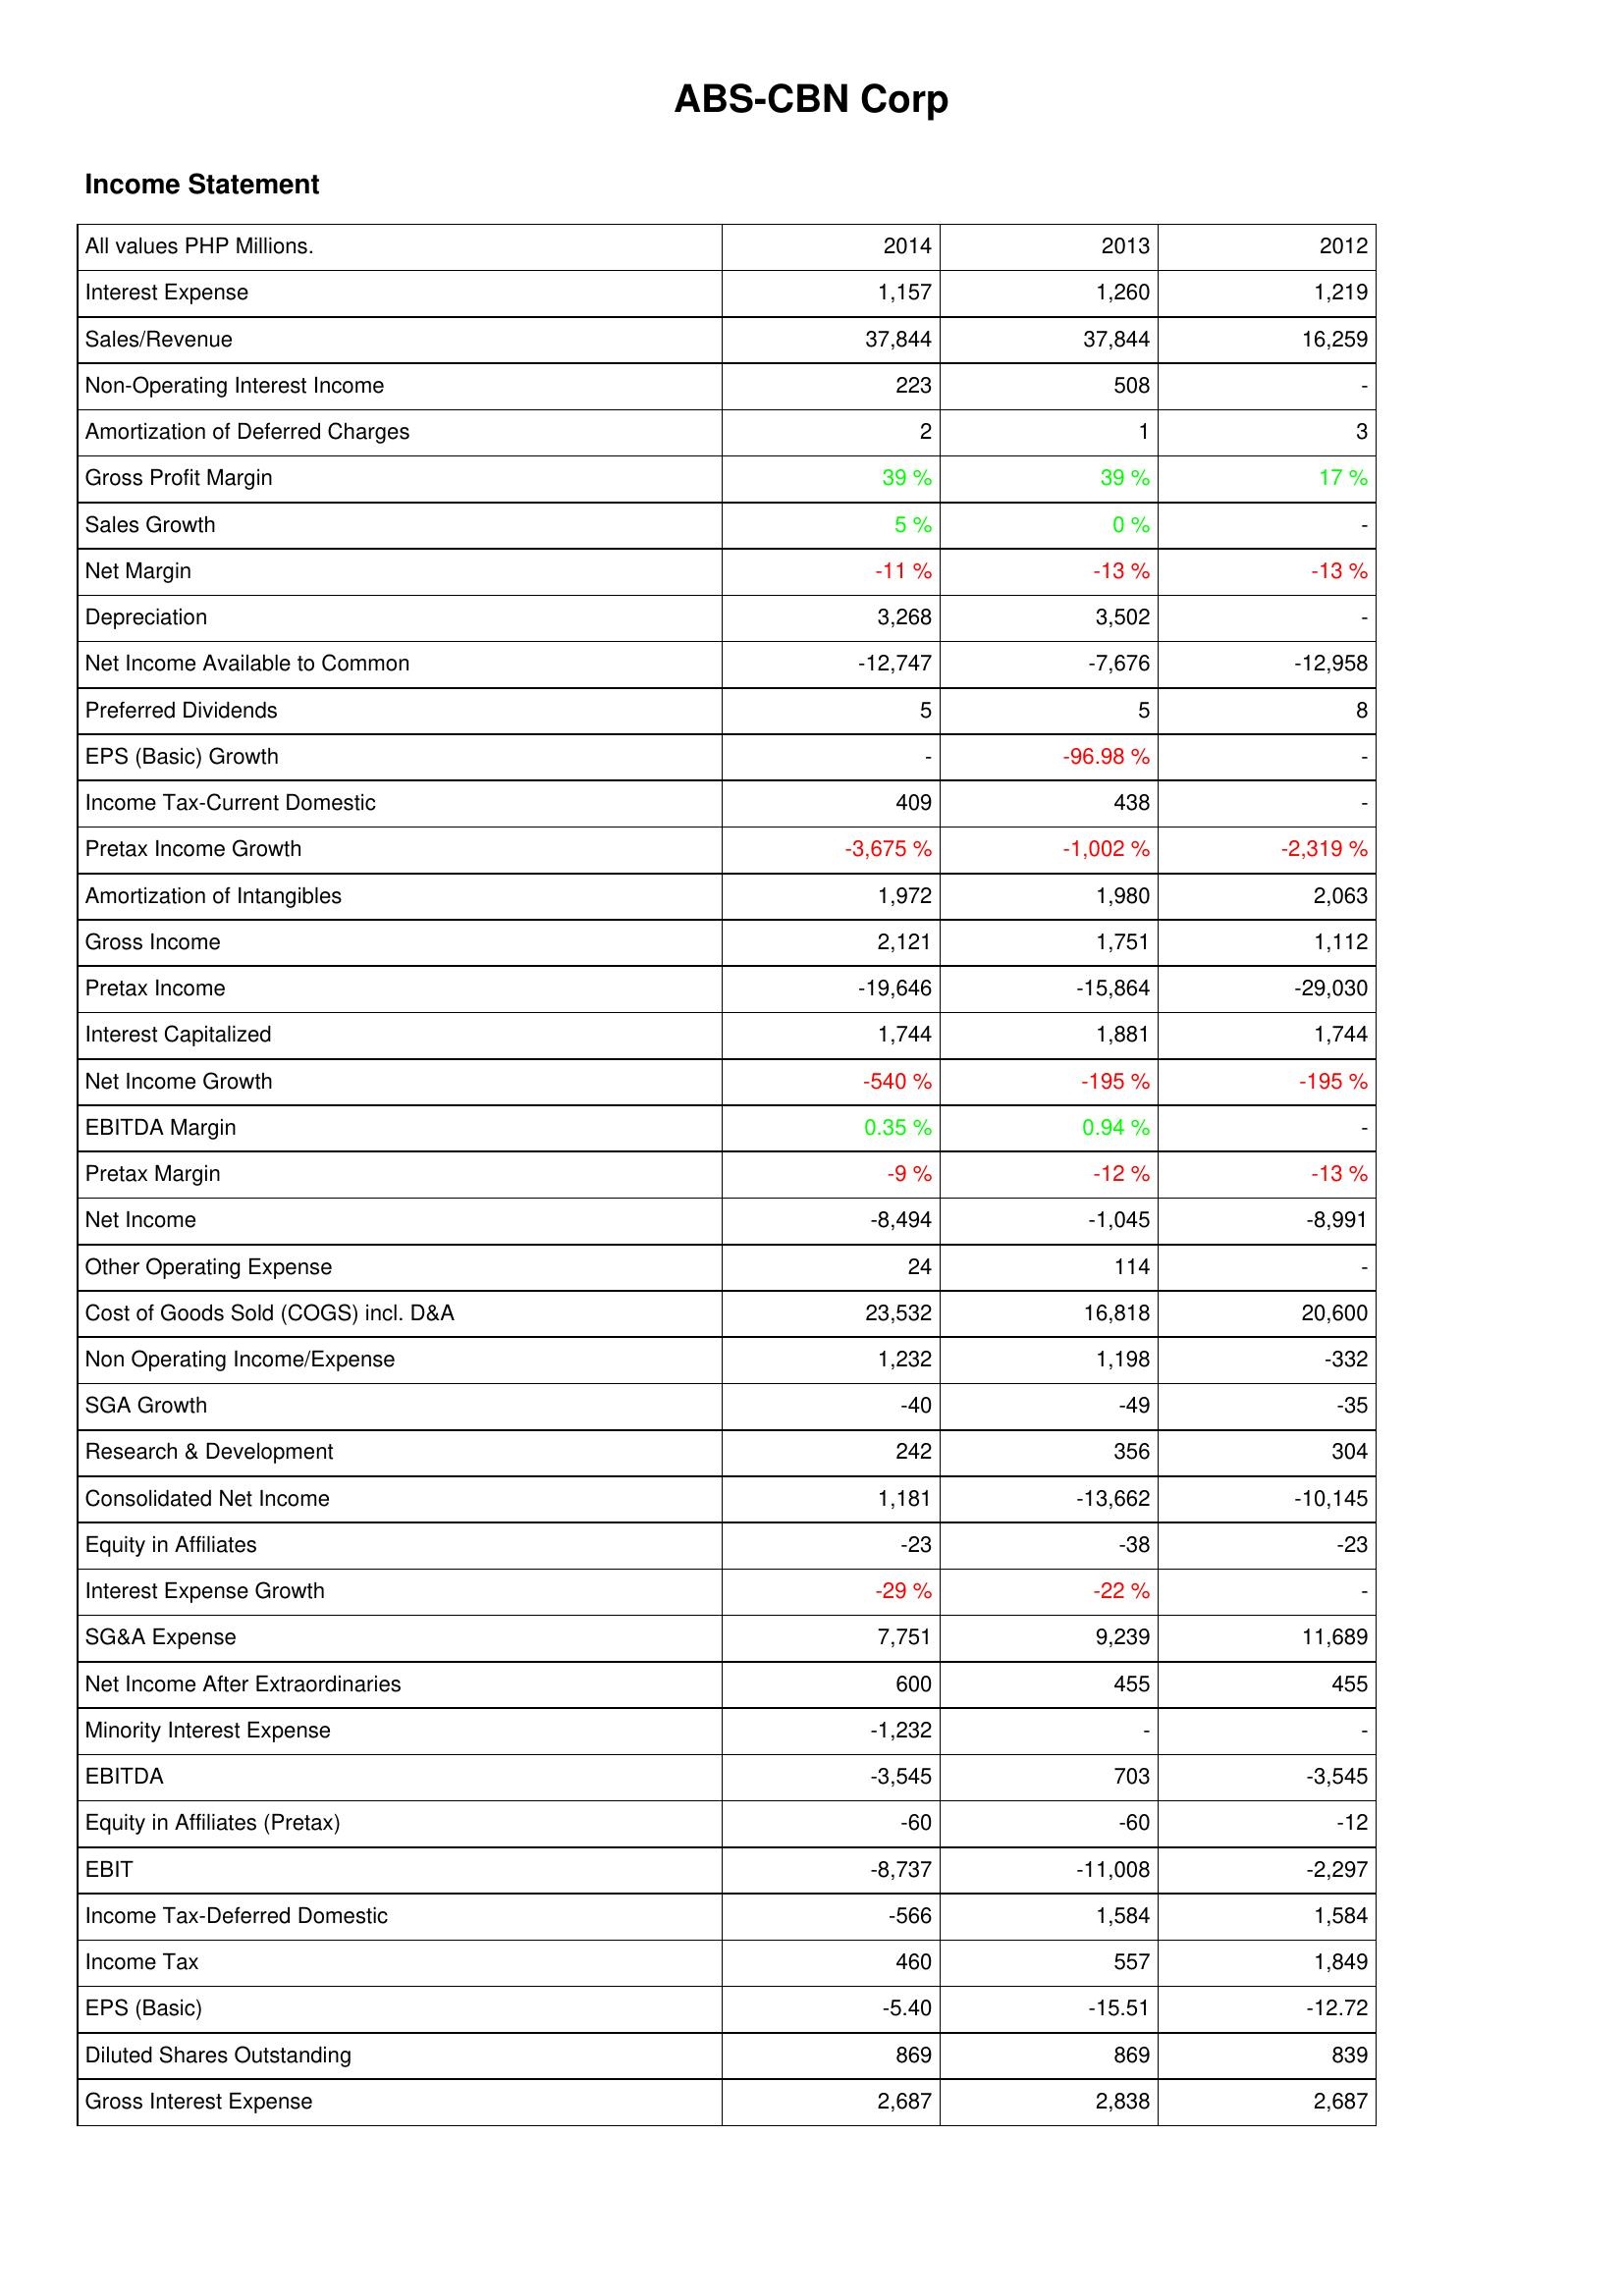
2014: Income Statement: Interest Expense: 1,157
Sales/Revenue: 37,844
Non-Operating Interest Income: 223
Amortization of Deferred Charges: 2
Gross Profit Margin: 39 %
Sales Growth: 5 %
Net Margin: -11 %
Depreciation: 3,268
Net Income Available to Common: -12,747
Preferred Dividends: 5
EPS (Basic) Growth: -
Income Tax-Current Domestic: 409
Pretax Income Growth: -3,675 %
Amortization of Intangibles: 1,972
Gross Income: 2,121
Pretax Income: -19,646
Interest Capitalized: 1,744
Net Income Growth: -540 %
EBITDA Margin: 0.35 %
Pretax Margin: -9 %
Net Income: -8,494
Other Operating Expense: 24
Cost of Goods Sold (COGS) incl. D&A: 23,532
Non Operating Income/Expense: 1,232
SGA Growth: -40
Research & Development: 242
Consolidated Net Income: 1,181
Equity in Affiliates: -23
Interest Expense Growth: -29 %
SG&A Expense: 7,751
Net Income After Extraordinaries: 600
Minority Interest Expense: -1,232
EBITDA: -3,545
Equity in Affiliates (Pretax): -60
EBIT: -8,737
Income Tax-Deferred Domestic: -566
Income Tax: 460
EPS (Basic): -5.40
Diluted Shares Outstanding: 869
Gross Interest Expense: 2,687
2013: Income Statement: Interest Expense: 1,260
Sales/Revenue: 37,844
Non-Operating Interest Income: 508
Amortization of Deferred Charges: 1
Gross Profit Margin: 39 %
Sales Growth: 0 %
Net Margin: -13 %
Depreciation: 3,502
Net Income Available to Common: -7,676
Preferred Dividends: 5
EPS (Basic) Growth: -96.98 %
Income Tax-Current Domestic: 438
Pretax Income Growth: -1,002 %
Amortization of Intangibles: 1,980
Gross Income: 1,751
Pretax Income: -15,864
Interest Capitalized: 1,881
Net Income Growth: -195 %
EBITDA Margin: 0.94 %
Pretax Margin: -12 %
Net Income: -1,045
Other Operating Expense: 114
Cost of Goods Sold (COGS) incl. D&A: 16,818
Non Operating Income/Expense: 1,198
SGA Growth: -49
Research & Development: 356
Consolidated Net Income: -13,662
Equity in Affiliates: -38
Interest Expense Growth: -22 %
SG&A Expense: 9,239
Net Income After Extraordinaries: 455
Minority Interest Expense: -
EBITDA: 703
Equity in Affiliates (Pretax): -60
EBIT: -11,008
Income Tax-Deferred Domestic: 1,584
Income Tax: 557
EPS (Basic): -15.51
Diluted Shares Outstanding: 869
Gross Interest Expense: 2,838
2012: Income Statement: Interest Expense: 1,219
Sales/Revenue: 16,259
Non-Operating Interest Income: -
Amortization of Deferred Charges: 3
Gross Profit Margin: 17 %
Sales Growth: -
Net Margin: -13 %
Depreciation: -
Net Income Available to Common: -12,958
Preferred Dividends: 8
EPS (Basic) Growth: -
Income Tax-Current Domestic: -
Pretax Income Growth: -2,319 %
Amortization of Intangibles: 2,063
Gross Income: 1,112
Pretax Income: -29,030
Interest Capitalized: 1,744
Net Income Growth: -195 %
EBITDA Margin: -
Pretax Margin: -13 %
Net Income: -8,991
Other Operating Expense: -
Cost of Goods Sold (COGS) incl. D&A: 20,600
Non Operating Income/Expense: -332
SGA Growth: -35
Research & Development: 304
Consolidated Net Income: -10,145
Equity in Affiliates: -23
Interest Expense Growth: -
SG&A Expense: 11,689
Net Income After Extraordinaries: 455
Minority Interest Expense: -
EBITDA: -3,545
Equity in Affiliates (Pretax): -12
EBIT: -2,297
Income Tax-Deferred Domestic: 1,584
Income Tax: 1,849
EPS (Basic): -12.72
Diluted Shares Outstanding: 839
Gross Interest Expense: 2,687